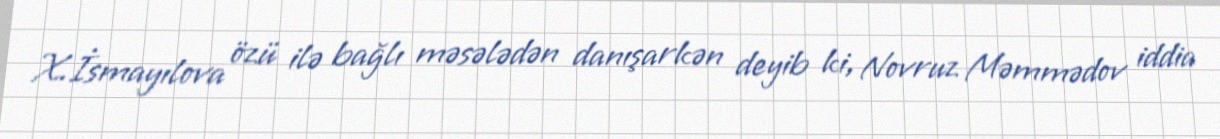
X.İsmayılova özü ilə bağlı məsələdən danışarkən deyib ki, Novruz Məmmədov iddia